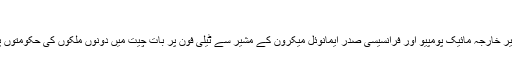
‘
دریں اثنا لبنان کے وزیر اعظم سعد حریری نے امریکی وزیر خارجہ مائیک پومپیو اور فرانسیسی صدر ایمانوئل میکرون کے مشیر سے ٹیلی فون پر بات چیت میں دونوں ملکوں کی حکومتوں پر زور دیا کہ وہ اس نازک صورت حال میں مداخلت کریں۔